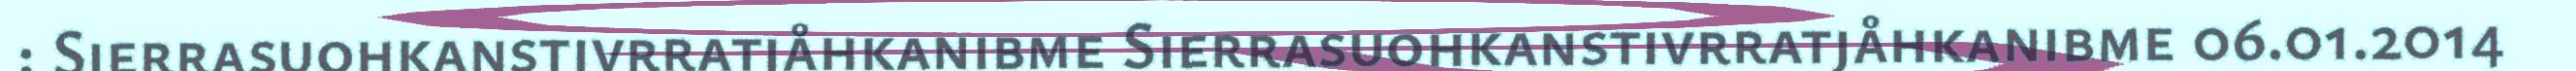
: Sierrasuohkanstivrratjåhkanibme Sierrasuohkanstivrratjåhkanibme 06.01.2014